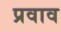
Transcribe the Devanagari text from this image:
प्रवाव